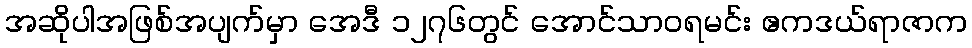
အဆိုပါအဖြစ်အပျက်မှာ အေဒီ ၁၂၇၆တွင် အောင်သာဝရမင်း ဧကဒယ်ရာဇာက